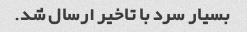
بسیار سرد با تاخیر ارسال شد.